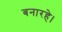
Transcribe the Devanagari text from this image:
बनारहे।